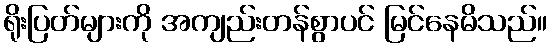
ရိုးပြတ်များကို အကျည်းတန်စွာပင် မြင်နေမိသည်။